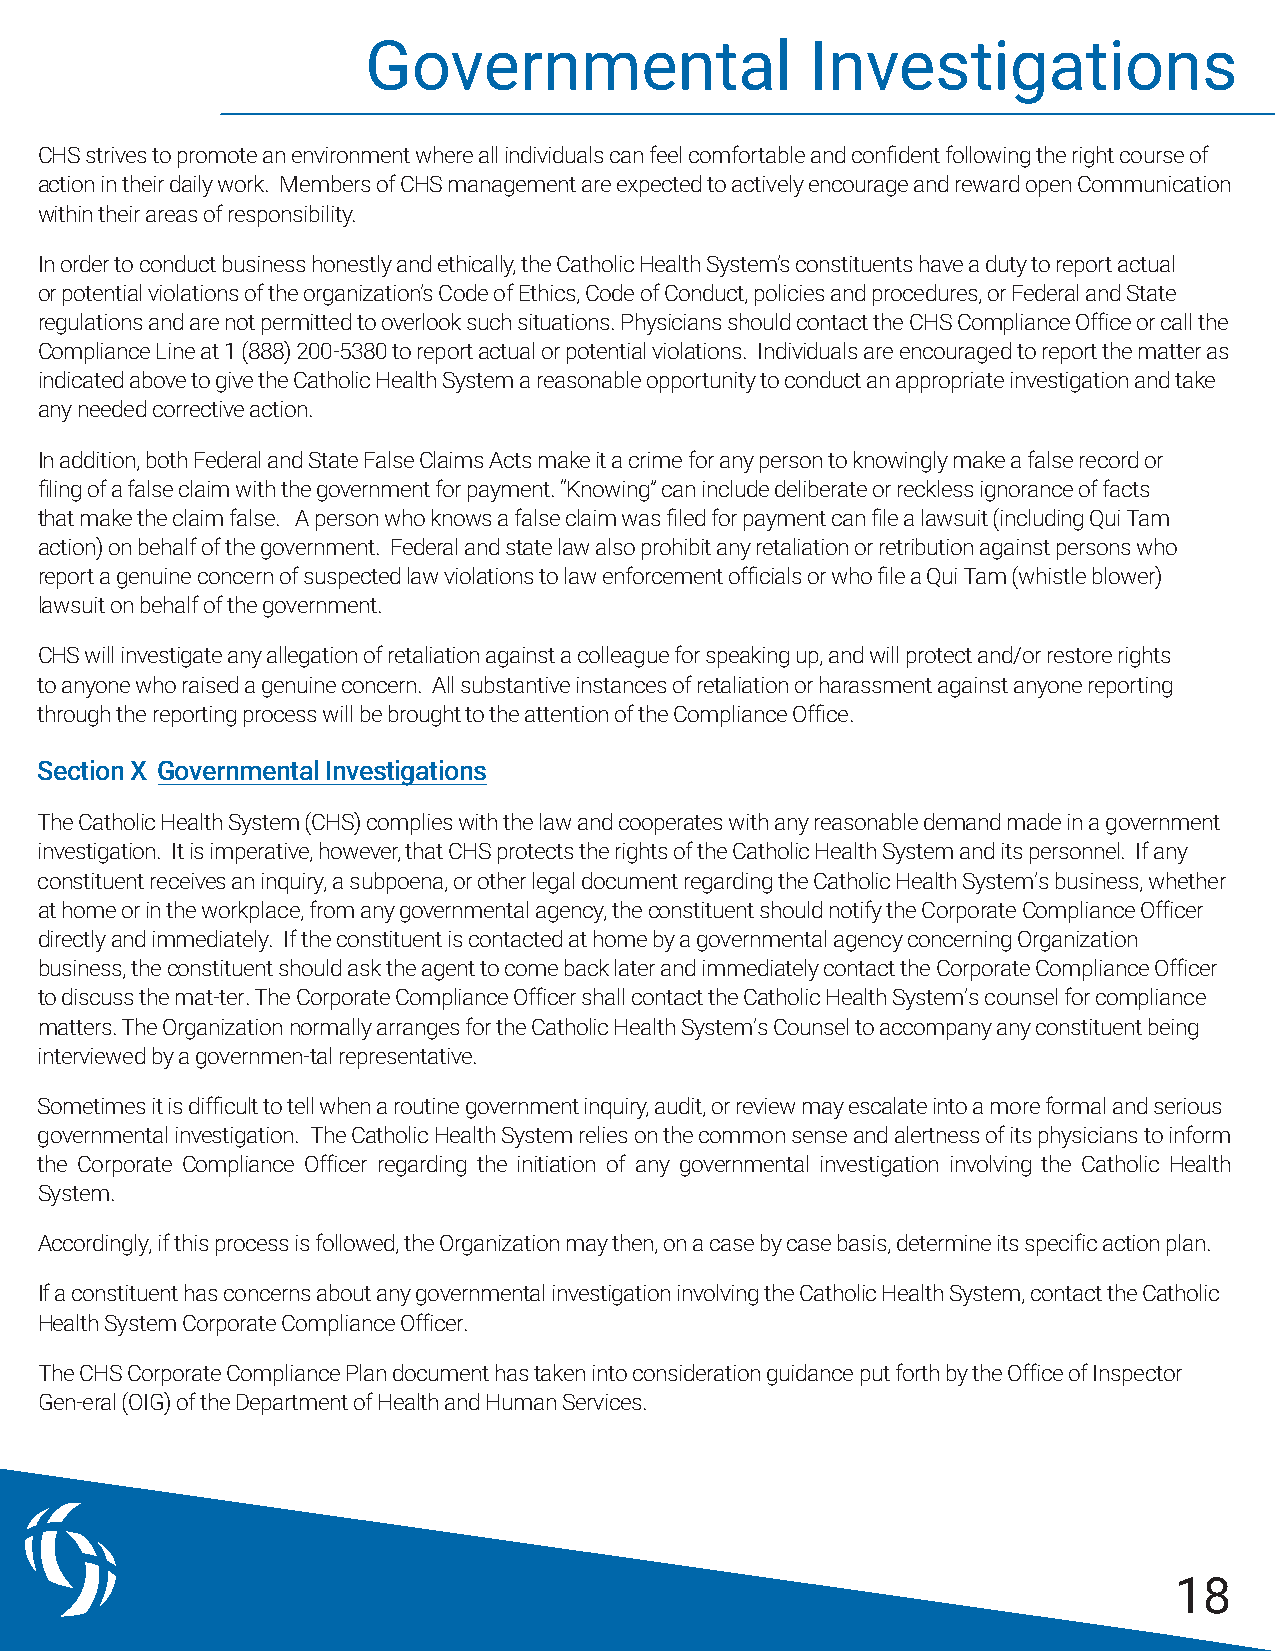
Governmental                  Investigations
 CHS strives to promote an environment where all individuals can feel comfortable and confident following the right course of
 action in their daily work. Members of CHS management are expected to actively encourage and reward open Communication
 within their areas of responsibility.
 In order to conduct business honestly and ethically, the Catholic Health System’s constituents have a duty to report actual
 or potential violations of the organization’s Code of Ethics, Code of Conduct, policies and procedures, or Federal and State
 regulations and are not permitted to overlook such situations. Physicians should contact the CHS Compliance Office or call the
 Compliance Line at 1 (888) 200-5380 to report actual or potential violations. Individuals are encouraged to report the matter as
 indicated above to give the Catholic Health System a reasonable opportunity to conduct an appropriate investigation and take
 any needed corrective action.
 In addition, both Federal and State False Claims Acts make it a crime for any person to knowingly make a false record or
 filing of a false claim with the government for payment. “Knowing” can include deliberate or reckless ignorance of facts
 that make the claim false. A person who knows a false claim was filed for payment can file a lawsuit (including Qui Tam
 action) on behalf of the government. Federal and state law also prohibit any retaliation or retribution against persons who
 report a genuine concern of suspected law violations to law enforcement officials or who file a Qui Tam (whistle blower)
 lawsuit on behalf of the government.
 CHS will investigate any allegation of retaliation against a colleague for speaking up, and will protect and/or restore rights
 to anyone who raised a genuine concern. All substantive instances of retaliation or harassment against anyone reporting
 through the reporting process will be brought to the attention of the Compliance Office.
 Section X Governmental Investigations
 The Catholic Health System (CHS) complies with the law and cooperates with any reasonable demand made in a government
 investigation. It is imperative, however, that CHS protects the rights of the Catholic Health System and its personnel. If any
 constituent receives an inquiry, a subpoena, or other legal document regarding the Catholic Health System’s business, whether
 at home or in the workplace, from any governmental agency, the constituent should notify the Corporate Compliance Officer
 directly and immediately. If the constituent is contacted at home by a governmental agency concerning Organization
 business, the constituent should ask the agent to come back later and immediately contact the Corporate Compliance Officer
 to discuss the mat-ter. The Corporate Compliance Officer shall contact the Catholic Health System’s counsel for compliance
 matters. The Organization normally arranges for the Catholic Health System’s Counsel to accompany any constituent being
 interviewed by a governmen-tal representative.
 Sometimes it is difficult to tell when a routine government inquiry, audit, or review may escalate into a more formal and serious
 governmental investigation. The Catholic Health System relies on the common sense and alertness of its physicians to inform
 the Corporate Compliance Officer regarding the initiation of any governmental investigation involving the Catholic Health
 System.
 Accordingly, if this process is followed, the Organization may then, on a case by case basis, determine its specific action plan.
 If a constituent has concerns about any governmental investigation involving the Catholic Health System, contact the Catholic
 Health System Corporate Compliance Officer.
 The CHS Corporate Compliance Plan document has taken into consideration guidance put forth by the Office of Inspector
 Gen-eral (OIG) of the Department of Health and Human Services.
 18